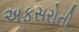
અફસરોની